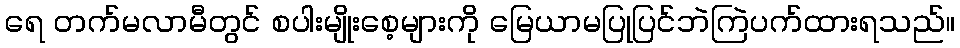
ရေ တက်မလာမီတွင် စပါးမျိုးစေ့များကို မြေယာမပြုပြင်ဘဲကြဲပက်ထားရသည်။